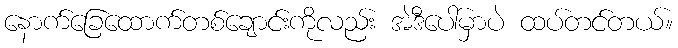
နောက်ခြေထောက်တစ်ချောင်းကိုလည်း အဲဒီပေါ်မှာပဲ ထပ်တင်တယ်။